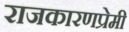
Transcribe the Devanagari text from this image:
राजकारणप्रेमी